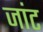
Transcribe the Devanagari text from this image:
जांट